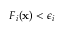
F _ { i } ( \mathbf { x } ) < \epsilon _ { i }